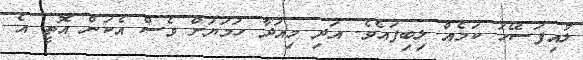
ލުއިފަސޭހަ ކަމެއް ލިބިފައެވެ. އަދި މިއަދާ ހަމަޔަށް ވެސް އެކަން އޮތީ އެ